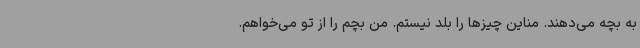
به بچه می‌دهند. مناین چیزها را بلد نیستم. من بچم را از تو می‌خواهم.